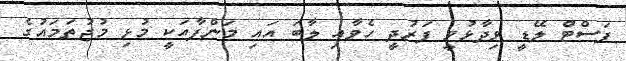
ފަސްޓް ލޭޑީ ވިދާޅުވީ ފަރުދީ ހެވާއި ލާބަ އައި މަންފާއަކީ މުޅި މުޖުތަމައުގެ